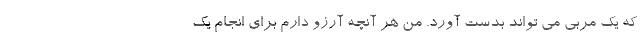
که یک مربی می تواند بدست آورد. من هر آنچه آرزو دارم برای انجام یک